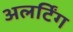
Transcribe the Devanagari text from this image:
अलर्टिंग